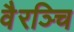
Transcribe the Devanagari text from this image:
वैरञ्चि